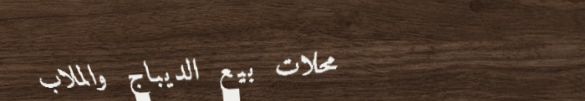
محلات بيع الديباج والملاب